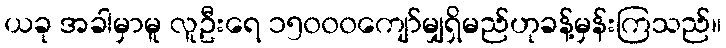
ယခု အခါမှာမူ လူဦးရေ ၁၅၀၀၀ကျော်မျှရှိမည်ဟုခန့်မှန်းကြသည်။